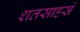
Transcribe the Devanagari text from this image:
शतसाहस्रं